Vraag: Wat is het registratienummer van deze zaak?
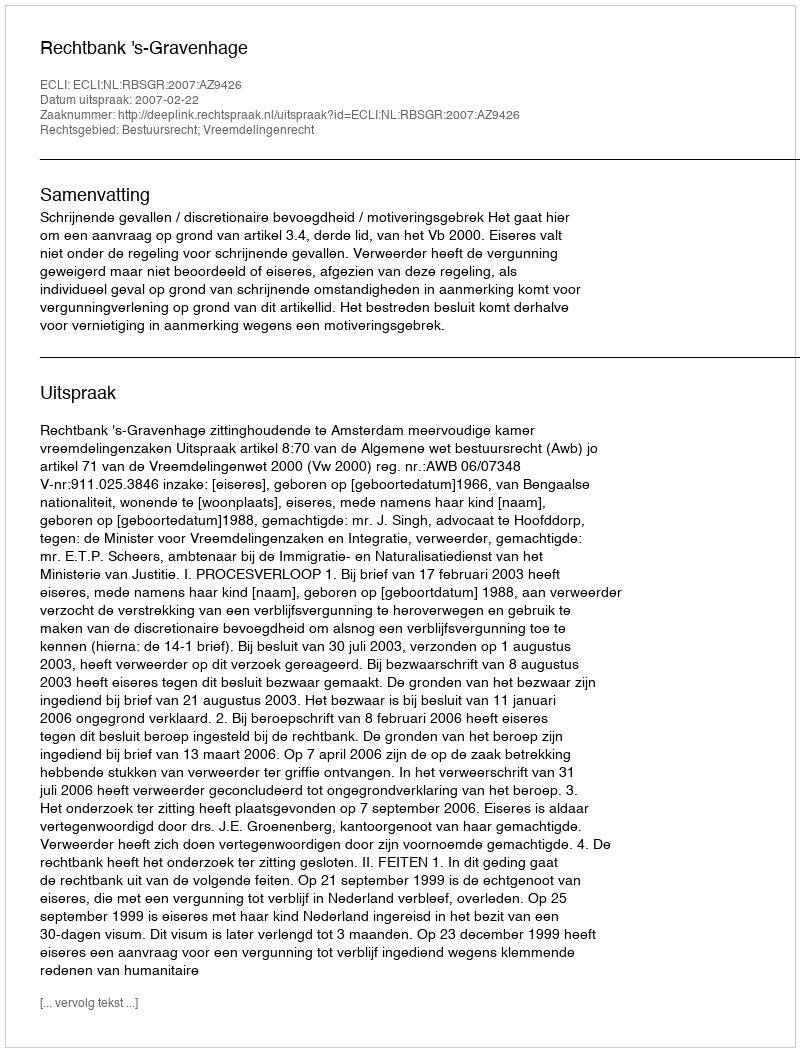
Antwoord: http://deeplink.rechtspraak.nl/uitspraak?id=ECLI:NL:RBSGR:2007:AZ9426